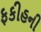
ફકીહની